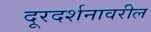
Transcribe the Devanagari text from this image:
दूरदर्शनावरील